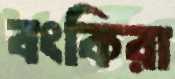
বংকিরা